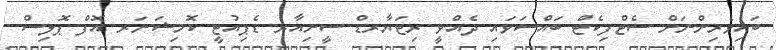
ބައިވެރިންނަށް ސެޓްފިކެޓް ބައްސަވައި ދެއްވީ ރިޓަޔާރޑް ސީނިއާރ ޑެޕިއުޓީ ކޮމިޝަނަރ އޮފް ޕޮލިސް